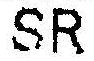
SR